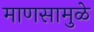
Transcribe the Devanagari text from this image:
माणसामुळे